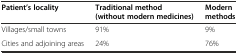
<table><thead><tr><td><b>Patient’s locality</b></td><td><b>Traditional method (without modern medicines)</b></td><td><b>Modern methods</b></td></tr></thead><tbody><tr><td>Villages/small towns</td><td>91%</td><td>9%</td></tr><tr><td>Cities and adjoining areas</td><td>24%</td><td>76%</td></tr></tbody></table>